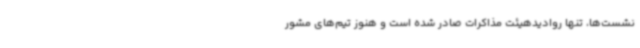
نشست‌ها، تنها روادیدهیئت مذاکرات صادر شده است و هنوز تیم‌های مشور